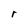
Character: r